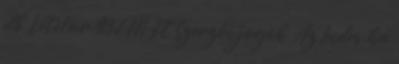
db Vételár 93,1 M Ft Szerzői jogok Az Index.hu